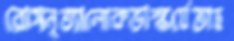
রোসনৃত্যালোকভাস্কর্যেতাহ